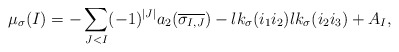
\begin{align*}{\mu}_{\sigma}(I) = - \sum_{J<I} (-1)^{|J|} a_{2}(\overline{\sigma_{I,J}}) -lk_\sigma(i_1i_2)lk_\sigma(i_2i_3) + A_{I}, \end{align*}